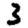
Digit: 3